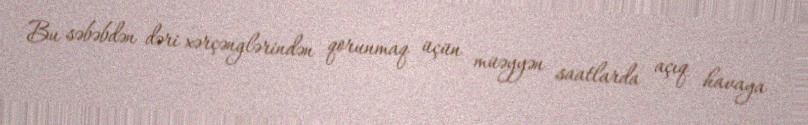
Bu səbəbdən dəri xərçənglərindən qorunmaq üçün müəyyən saatlarda açıq havaya